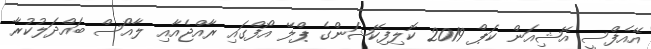
އޭއެފްސީ އޭޝިއަން ކަޕް 2019 ކޮލިފިކޭޝަންގެ ޕްލޭ އޯފްގައި ރާއްޖެއާއި ލާއޯސް ބައްދަލުކުރާ